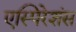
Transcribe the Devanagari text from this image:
एस्पिरेशंस